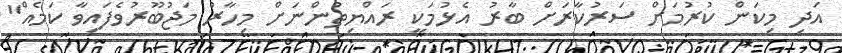
އަދި މިކަން ކުރުމަށް ސަރުކާރަށް ބާރު އެޅުމަކީ ރައްޔިތުންނަށް މިހާރު މަޖުބޫރުވެފައިވާ ކަމެއް"